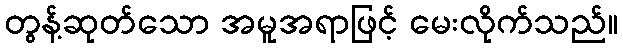
တွန့်ဆုတ်သော အမူအရာဖြင့် မေးလိုက်သည်။